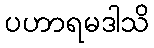
ပဟာရမဒါသိ